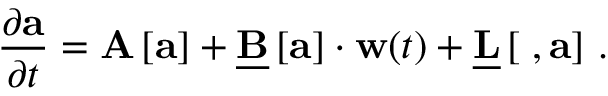
\frac { \partial \mathbf { a } } { \partial t } = \mathbf { A } \left[ \mathbf { a } \right] + \underline { { \mathbf { B } } } \left[ \mathbf { a } \right] \cdot \mathbf { w } ( t ) + \underline { { \mathbf { L } } } \left[ \mathbf { \nabla } , \mathbf { a } \right] \, .